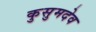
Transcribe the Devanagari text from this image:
कुसुमदेव